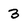
Character: 3